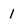
Character: 1